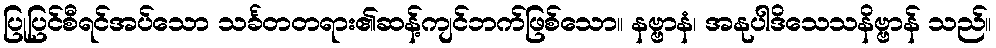
ပြုပြင်စီရင်အပ်သော သင်္ခတတရား၏ဆန့်ကျင်ဘက်ဖြစ်သော။ နဗ္ဗာနံ၊ အနုပါဒိသေသနိဗ္ဗာန် သည်။